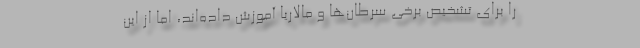
را برای تشخیص برخی سرطان‌ها و مالاریا آموزش داده‌اند، اما از این